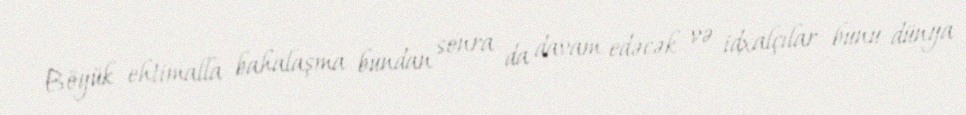
Böyük ehtimalla bahalaşma bundan sonra da davam edəcək və idxalçılar bunu dünya